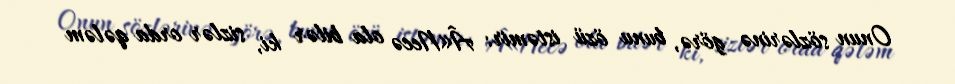
Onun sözlərinə görə, bunu özü istəmir: Â«Necə ola bilər ki, sizlər orda qələm